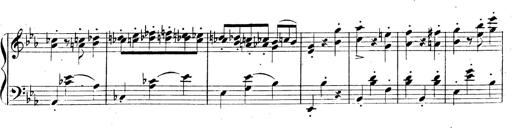
Title: 3 Caprices-Valses
Composer: Franz Liszt